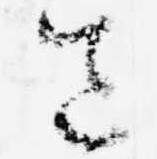
送